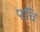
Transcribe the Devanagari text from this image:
पचि